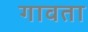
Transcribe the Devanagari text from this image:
गावता